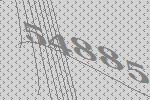
54885